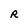
Character: R